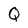
Character: Q